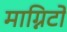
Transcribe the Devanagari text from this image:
माग्निटो